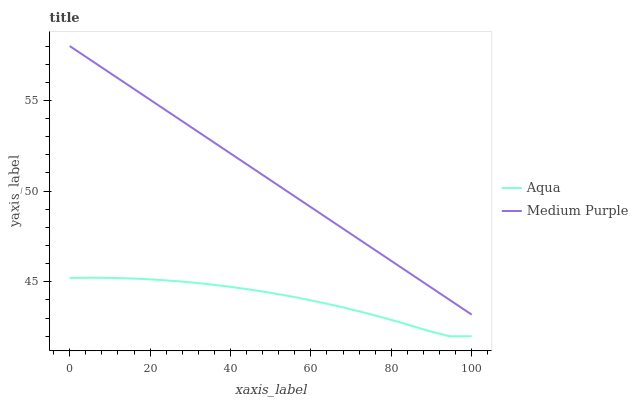
| xaxis_label | Aqua | Medium Purple |
 | --- | --- | --- |
 | 0 | 45.2 | 58 |
 | 5.56 | 45.2 | 57.2 |
 | 11.1 | 45.2 | 56.4 |
 | 16.7 | 45.2 | 55.5 |
 | 22.2 | 45.1 | 54.7 |
 | 27.8 | 45 | 53.9 |
 | 33.3 | 44.9 | 53.1 |
 | 38.9 | 44.8 | 52.2 |
 | 44.4 | 44.6 | 51.4 |
 | 50 | 44.4 | 50.6 |
 | 55.6 | 44.2 | 49.8 |
 | 61.1 | 43.9 | 49 |
 | 66.7 | 43.7 | 48.1 |
 | 72.2 | 43.4 | 47.3 |
 | 77.8 | 43 | 46.5 |
 | 83.3 | 42.7 | 45.7 |
 | 88.9 | 42.3 | 44.8 |
 | 94.4 | 42 | 44 |
 | 100 | 42 | 43.2 |